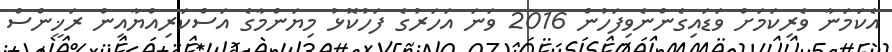
އެކަމަނާ ވެރިކަމަށް ވަޑައިގެންނެވިފަހުން 2016 ވަނަ އަހަރުގެ ފަހުކޮޅު މިޔަންމާގެ އަސްކަރިއްޔާއިން ރަޚީންސް